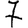
Digit: 7